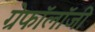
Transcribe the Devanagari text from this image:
ग्रेफॉलॉजी